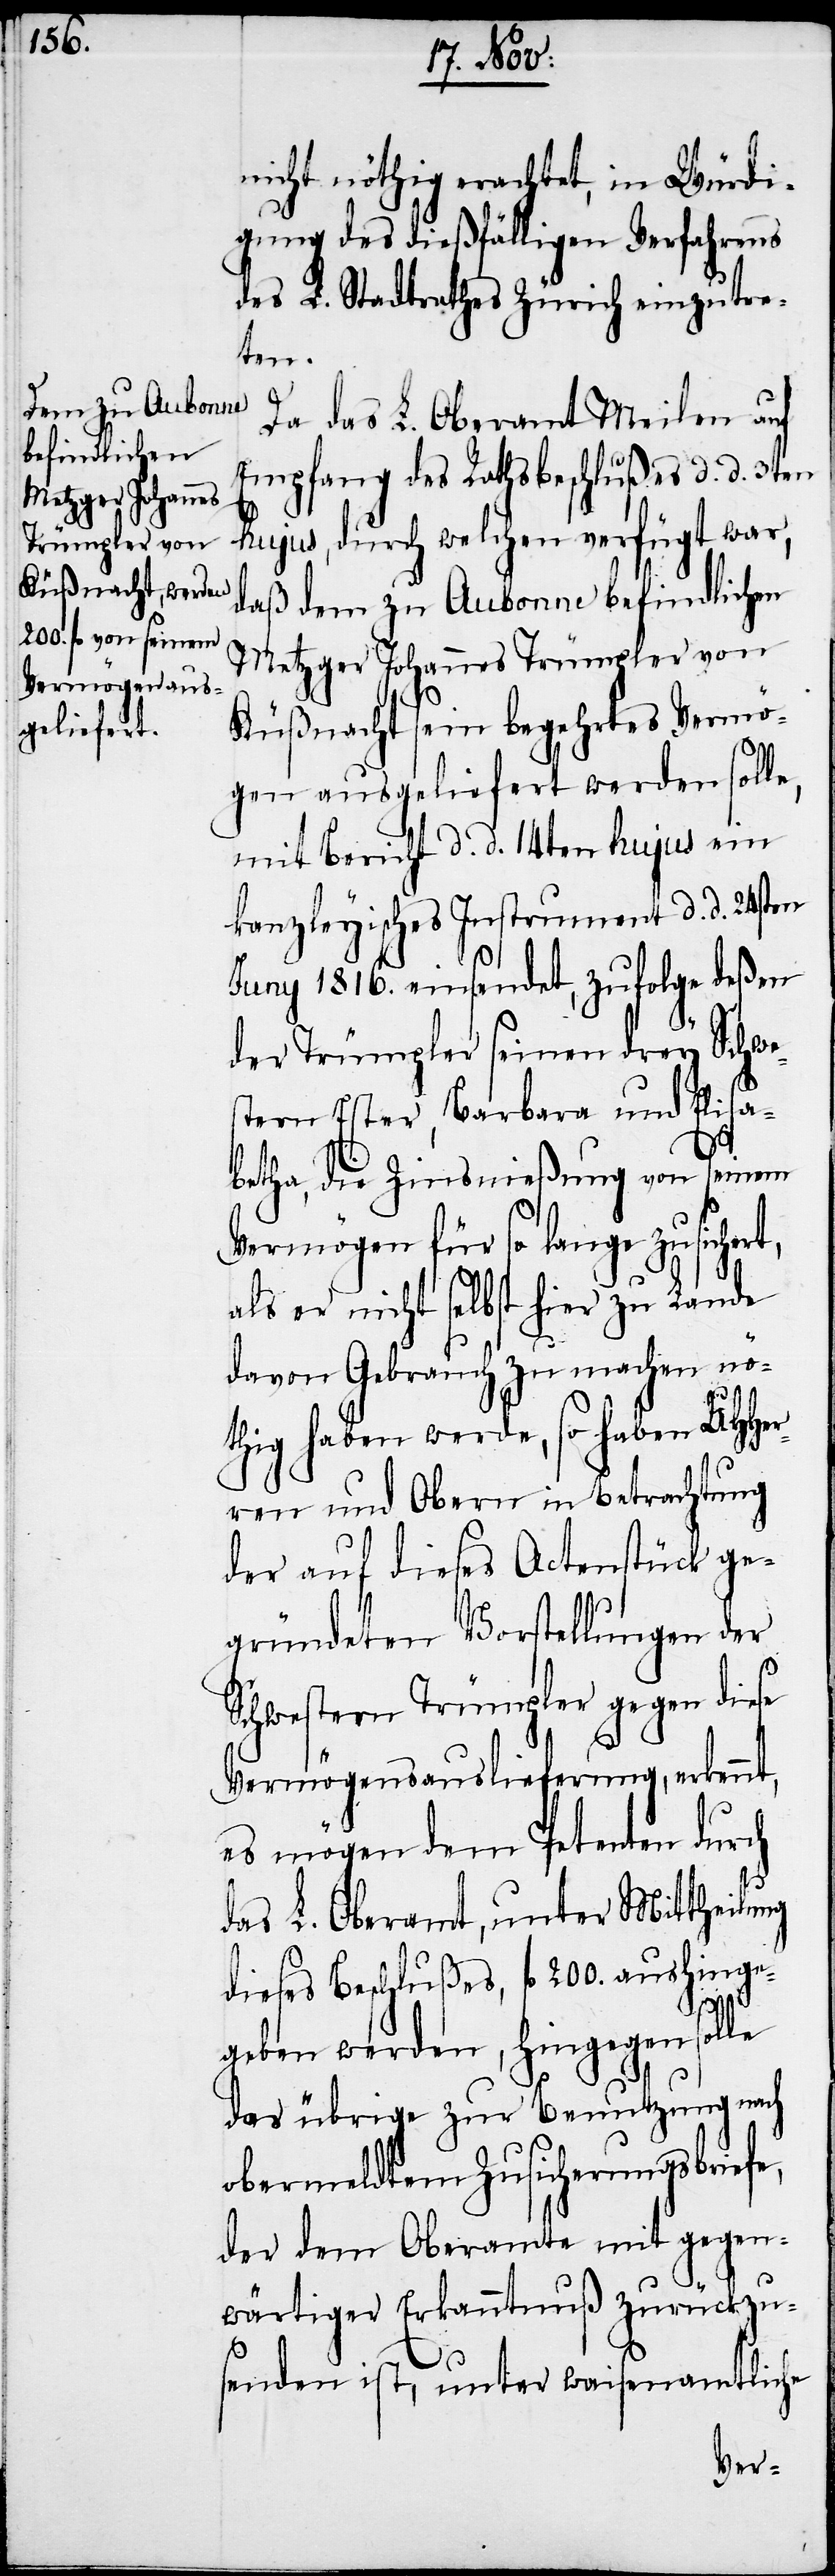
nicht nöthig erachtet, in Würdi¬
gung des dießfälligen Verfahrens
des L. Stadtrathes Zürich einzutre¬
ten.
Da das L. Oberamt Meilen auf
Empfang des Rathsbeschlußes d. d. 3ten
hujus, durch welchen verfügt war,
daß dem zu Aubonne befindlichen
Metzger Johannes Trümpler von
Küßnacht sein begehrtes Vermö¬
gen ausgeliefert werden solle,
mit Bericht d. d. 14ten hujus ein
kanzleyisches Instrument d. d. 24sten
Juny 1816. einsendet, zufolge deßen
der Trümpler seinen drey Schwe¬
stern Ester, Barbara und Elisa¬
betha, die Zinsnießung von seinem
Vermögen für so lange zusichert,
als er nicht selbst hier zu Lande
davon Gebrauch zu machen nö¬
thig haben werde, so haben UHHer¬
ren und Obern in Betrachtung
der auf dieses Actenstück ge¬
gründeten Vorstellungen der
Schwestern Trümpler gegen diese
Vermögensauslieferung, erkennt,
es mögen dem Petenten durch
das L. Oberamt, unter Mittheilung
dieses Beschlußes, fl 200. aushinge¬
geben werden, hingegen solle
das übrige zur Benutzung nach
obermeldtem Zusicherungsbriefe,
der dem Oberamte mit gegen¬
wärtiger Erkanntnuß zurückzu¬
senden ist, unter waisenamtliche